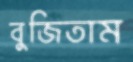
বুজিতাম